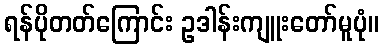
ရန်ပိုတတ်ကြောင်း ဥဒါန်းကျူးတော်မူပုံ။